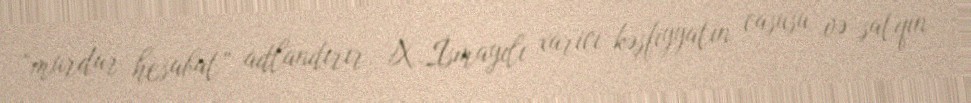
“murdar hesabat” adlandırır, X.İsmayılı xarici kəşfiyyatın casusu və satqın